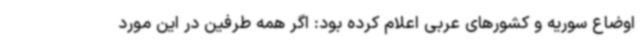
اوضاع سوریه و کشورهای عربی اعلام کرده بود: اگر همه طرفین در این مورد